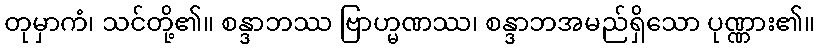
တုမှာကံ၊ သင်တို့၏။ စန္ဒာဘဿ ဗြာဟ္မဏဿ၊ စန္ဒာဘအမည်ရှိသော ပုဏ္ဏား၏။